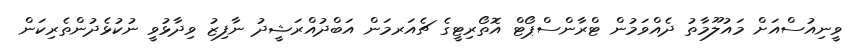
ވީނިއުސްއަށް މައުލޫމާތު ދެއްވަމުން ޓްރާންސްޕޯޓް އޮތޯރިޓީގެ ޗެއަރމަން އަބްދުއްރަޝީދު ނާފިޒު ވިދާޅުވީ ނުކުޅެދުންތެރިކަން